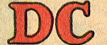
DC